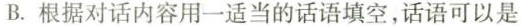
B.根据对话内容用一适当的话语填空,话语可以是